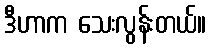
ဒီဟာက သေးလွန်းတယ်။